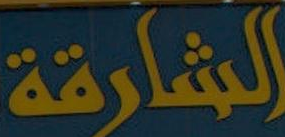
الشارقة